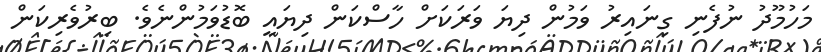
މަހުމޫދު ނުފެނި ގިނައިރު ވަމުން ދިޔަ ވަރަކަށް ހާސްކަން ދިޔައީ ބޮޑުވަމުންނެވެ. ބިރުވެރިކަން